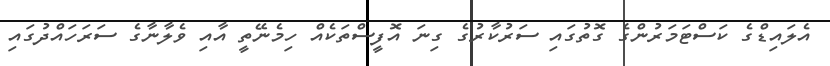
އެލައިޑްގެ ކަސްޓަމަރުންގެ ގޮތުގައި ސަރުކާރުގެ ގިނަ އޮފީސްތަކެއް ހިމެނޭތީ އާއި ވެލާނާގެ ސަރަހައްދުގައި